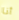
أنا